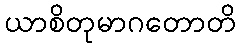
ယာစိတုမာဂတောတိ